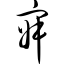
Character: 寂